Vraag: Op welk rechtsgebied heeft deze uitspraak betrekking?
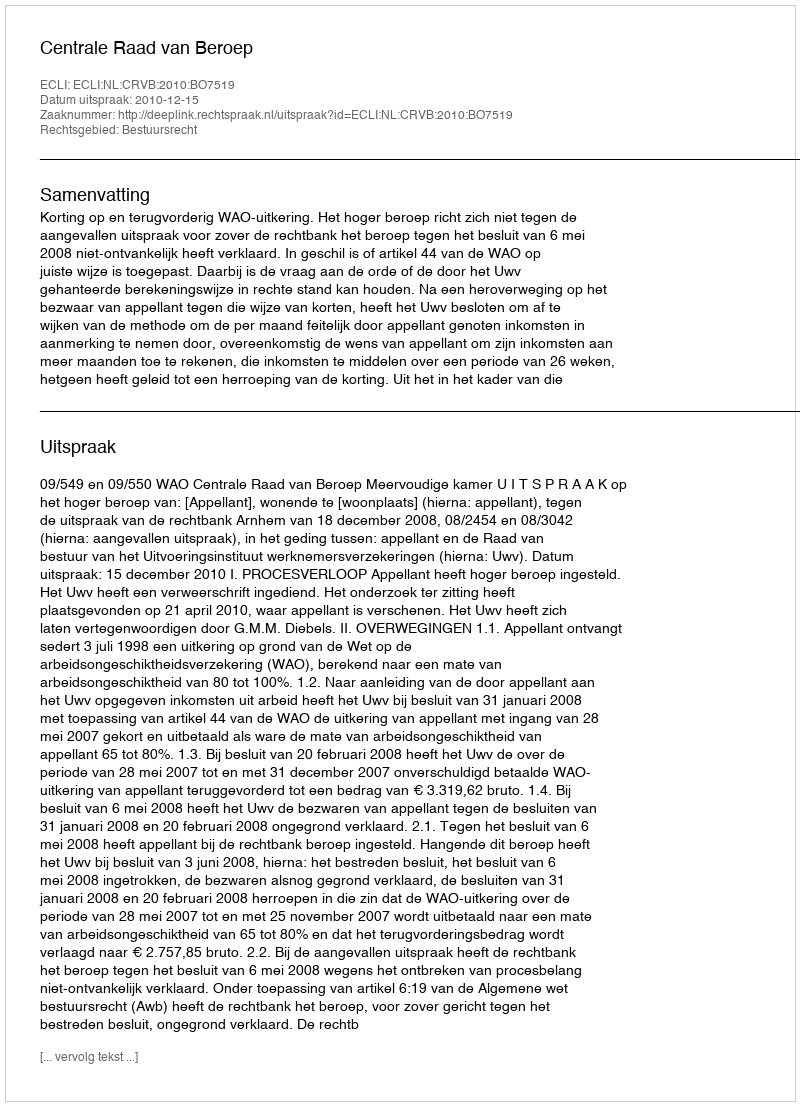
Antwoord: Bestuursrecht